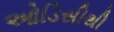
ઓડિસીથી